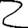
Digit: 2